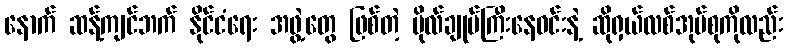
နောက် ဆန့်ကျင်ဘက် နိုင်ငံရေး အဖွဲ့တွေ ဖြစ်တဲ့ ဗိုလ်ချုပ်ကြီးနေဝင်းနဲ့ ဆိုရှယ်လစ်အုပ်စုကိုလည်း